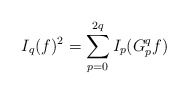
\begin{align*}I_q(f)^2 = \sum_{p=0}^{2q} I_p(G_p^q f)\end{align*}